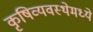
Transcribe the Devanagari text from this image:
कृषिव्यवस्थेमध्ये